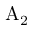
\mathrm { A } _ { 2 }